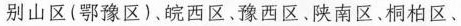
别山区（鄂豫区）、皖西区、豫西区、陕南区、桐柏区、